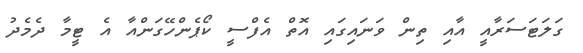
ގަލަޓަސަރާއީ އާއި ތިން ވަނައިގައި އޮތް އެފްސީ ކޯޕެންހޭގަންއާ އެ ޓީމާ ދެމެދު